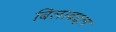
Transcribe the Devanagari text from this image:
बिलाबद्दल